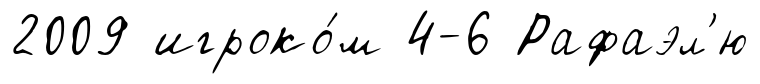
2009 игроко́м 4-6 Рафаэл'ю